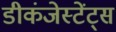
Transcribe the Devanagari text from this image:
डीकंजेस्टेंट्स